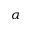
\alpha